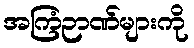
အကြံဉာဏ်များကို